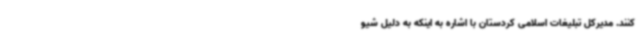
کنند. مدیرکل تبلیغات اسلامی کردستان با اشاره به اینکه به دلیل شیو